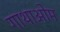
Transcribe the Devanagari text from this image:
गाथाओम